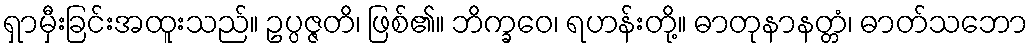
ရှာမှီးခြင်းအထူးသည်။ ဥပ္ပဇ္ဇတိ၊ ဖြစ်၏။ ဘိက္ခဝေ၊ ရဟန်းတို့။ ဓာတုနာနတ္တံ၊ ဓာတ်သဘော